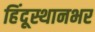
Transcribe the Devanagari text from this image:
हिंदूस्थानभर